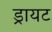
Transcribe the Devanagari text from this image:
ड्रायट